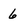
Character: 6